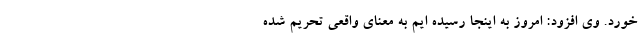
خورد. وی افزود: امروز به اینجا رسیده ایم به معنای واقعی تحریم شده